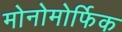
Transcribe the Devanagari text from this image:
मोनोमोर्फिक